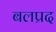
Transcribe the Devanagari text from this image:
बलप्रद